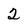
Character: 2